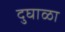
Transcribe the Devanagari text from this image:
दुघाळा